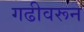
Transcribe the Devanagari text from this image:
गढीवरून